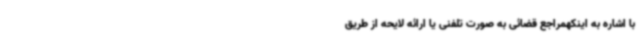
با اشاره به اینکهمراجع قضائی به صورت تلفنی یا ارائه لایحه از طریق